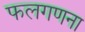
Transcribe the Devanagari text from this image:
फलगणना